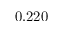
0 . 2 2 0